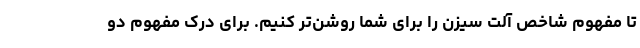
تا مفهوم شاخص آلت سیزن را برای شما روشن‌تر کنیم. برای درک مفهوم دو